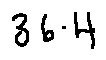
3 6 . 4